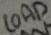
Text: LOAD